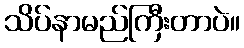
သိပ်နာမည်ကြီးတာပဲ။